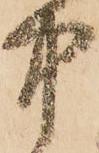
中